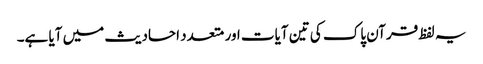
یہ لفظ قرآن پاک کی تین آیات اور متعدد احادیث میں آیا ہے۔